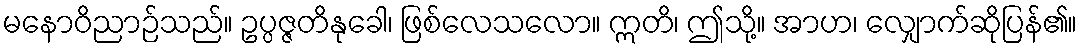
မနောဝိညာဉ်သည်။ ဥပ္ပဇ္ဇတိနုခေါ၊ ဖြစ်လေသလော။ ဣတိ၊ ဤသို့။ အာဟ၊ လျှောက်ဆိုပြန်၏။